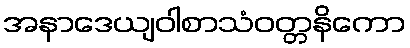
အနာဒေယျဝါစာသံဝတ္တနိကော